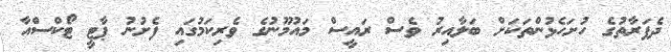
ދެފަރާތުގެ ހުށަހެޅުންތަކަށް ބަލާއިރު ވެސް ރައީސް މައުމޫނުގެ ވެރިކަމުގައި ފެށުނު ޕާޓީ ޓޯކްސްއާ